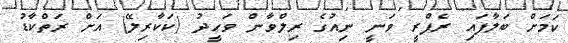
ކަމަށް ބަލާފައި ރެފްރީ ވަނީ ނިއުގެ ރިލްވާން ވަހީދު (ކަކާރިލޭ) އަށް ރަތްކާޑު